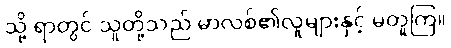
သို့ ရာတွင် သူတို့သည် မာလစ်၏လူများနှင့် မတူကြ။